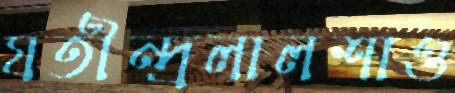
যতীন্দ্রলালশাও